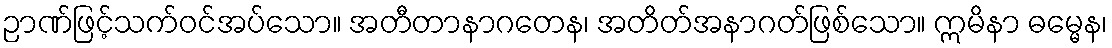
ဉာဏ်ဖြင့်သက်ဝင်အပ်သော။ အတီတာနာဂတေန၊ အတိတ်အနာဂတ်ဖြစ်သော။ ဣမိနာ ဓမ္မေန၊